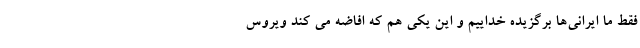
فقط ما ایرانی‌ها برگزیده خداییم و این یکی هم که افاضه می کند ویروس